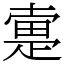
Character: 疐